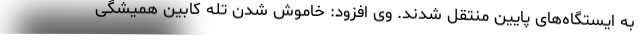
به ایستگاه‌های پایین منتقل شدند. وی افزود: خاموش شدن تله کابین همیشگی